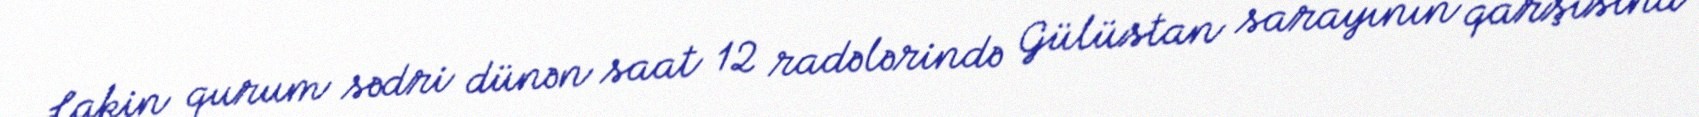
Lakin qurum sədri dünən saat 12 radələrində Gülüstan sarayının qarşısına